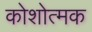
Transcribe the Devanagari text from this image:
कोशोत्मक